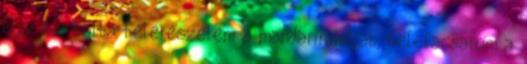
Egy kis tálba belereszelem a mandarin héját, belefacsarom a